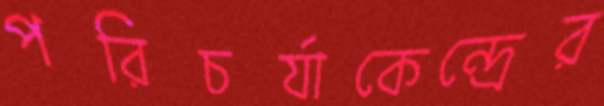
পরিচর্যাকেন্দ্রের